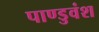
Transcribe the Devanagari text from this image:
पाण्डुवंश